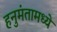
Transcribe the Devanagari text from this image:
हनुमंतामध्ये